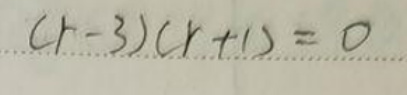
$( r - 3 ) ( r + 1 ) = 0$